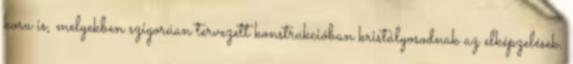
kora is, melyekben szigorúan tervezett konstrukcióban kristályosodnak az elképzelések.